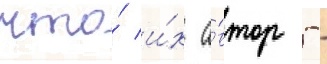
что́ и́х а́втор -